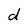
Character: d